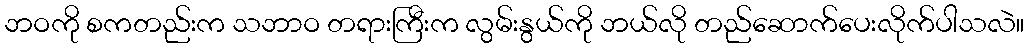
ဘဝကို စကတည်းက သဘာဝ တရားကြီးက လွမ်းနွယ်ကို ဘယ်လို တည်ဆောက်ပေးလိုက်ပါသလဲ။